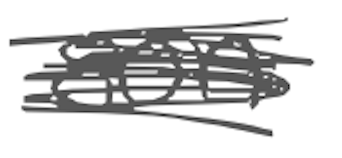
Text: son
Cross-out: mix
Writing tool: digital_gray